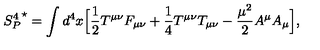
{ S _ { P } ^ { 4 } } ^ { \star } = \int d ^ { 4 } x \Bigl [ { \frac { 1 } { 2 } } T ^ { \mu \nu } F _ { \mu \nu } + { \frac { 1 } { 4 } } T ^ { \mu \nu } T _ { \mu \nu } - { \frac { { \mu } ^ { 2 } } { 2 } } A ^ { \mu } A _ { \mu } \Bigl ] ,